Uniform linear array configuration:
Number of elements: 32
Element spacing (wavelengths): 0.5
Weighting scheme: hamming
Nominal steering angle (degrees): -45
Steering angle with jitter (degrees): -46.962
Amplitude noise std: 0.05
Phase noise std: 0.05

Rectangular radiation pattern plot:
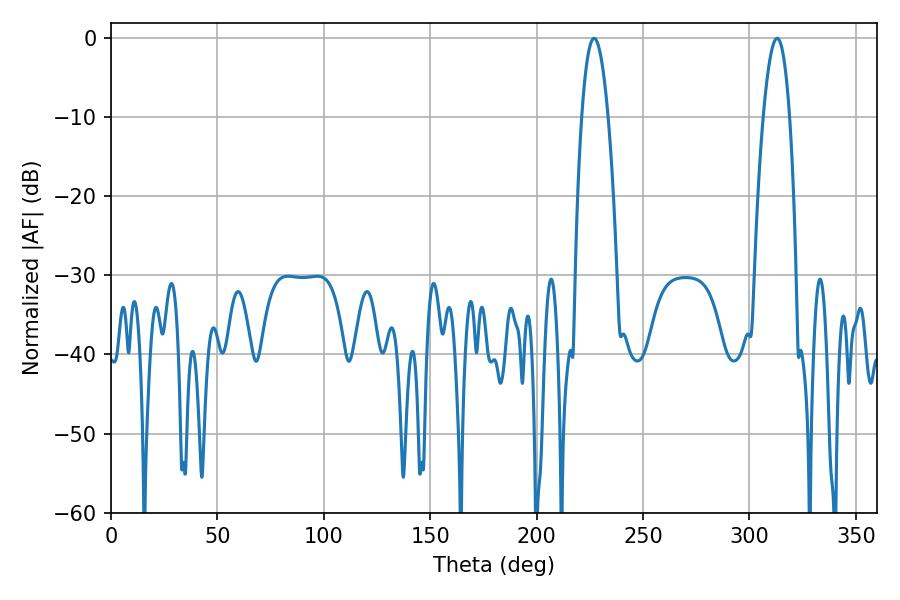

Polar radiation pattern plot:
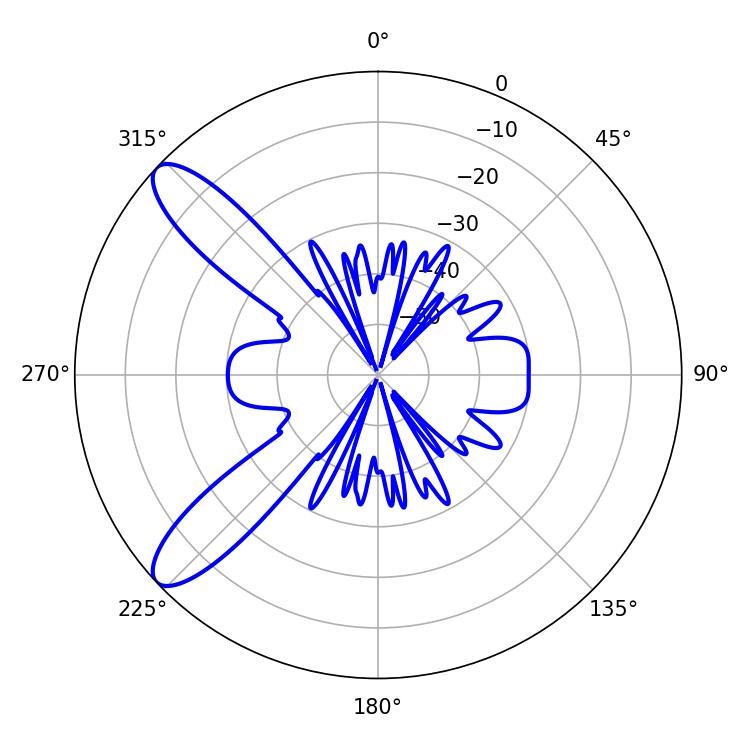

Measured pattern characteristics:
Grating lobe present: FALSE
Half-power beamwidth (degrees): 6.84
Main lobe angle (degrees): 313.02